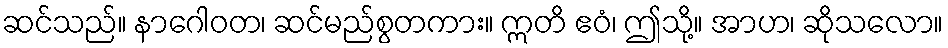
ဆင်သည်။ နာဂေါဝတ၊ ဆင်မည်စွတကား။ ဣတိ ဧဝံ၊ ဤသို့။ အာဟ၊ ဆိုသလော။